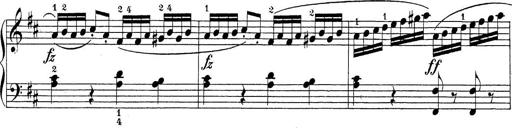
Title: Sonatina Album
Composer: Louis KÃ¶hler